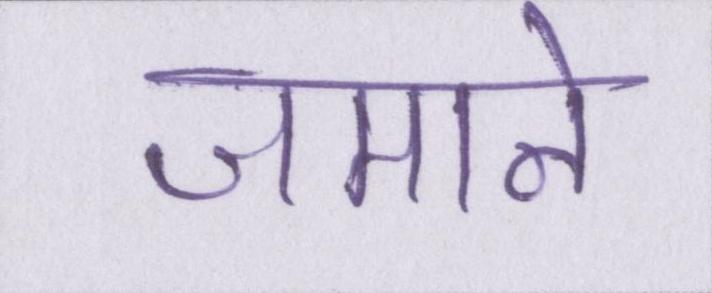
जमाने